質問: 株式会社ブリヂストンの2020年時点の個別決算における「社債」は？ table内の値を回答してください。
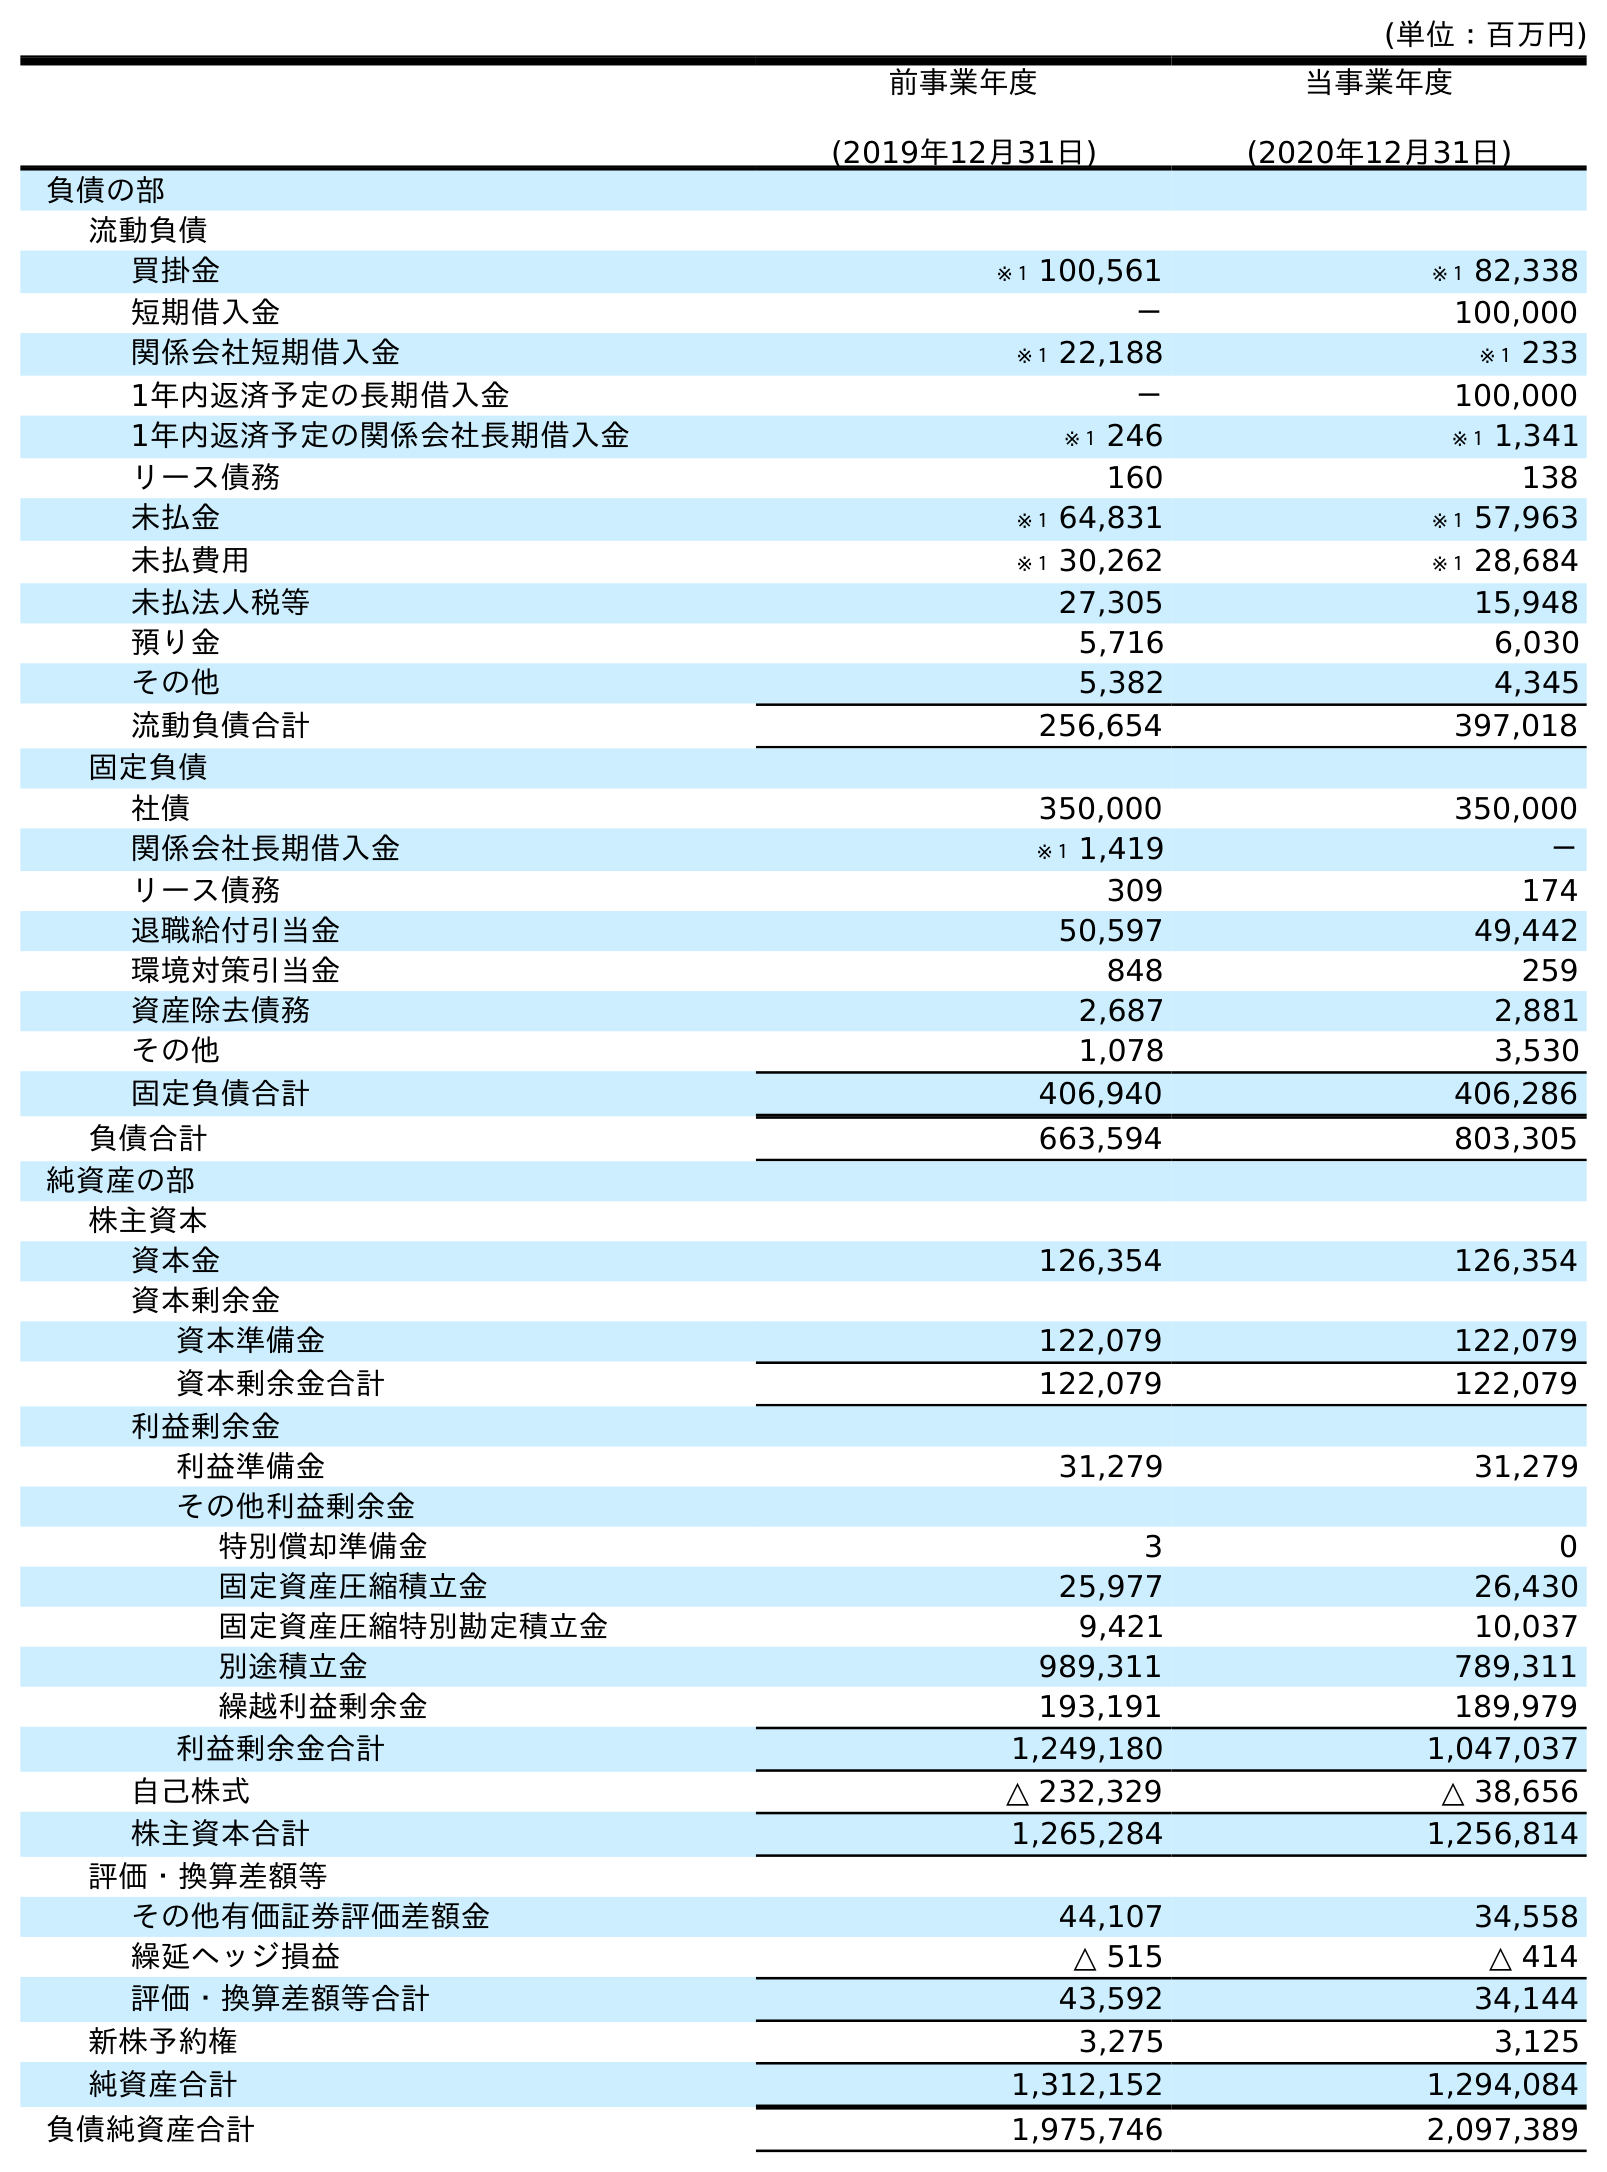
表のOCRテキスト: (単位：百万円) 前事業年度 (2019年12月31日) 当事業年度 (2020年12月31日) 負債の部 流動負債 買掛金 ※１ 100,561 ※１ 82,338 短期借入金 － 100,000 関係会社短期借入金 ※１ 22,188 ※１ 233 1年内返済予定の長期借入金 － 100,000 1年内返済予定の関係会社長期借入金 ※１ 246 ※１ 1,341 リース債務 160 138 未払金 ※１ 64,831 ※１ 57,963 未払費用 ※１ 30,262 ※１ 28,684 未払法人税等 27,305 15,948 預り金 5,716 6,030 その他 5,382 4,345 流動負債合計 256,654 397,018 固定負債 社債 350,000 350,000 関係会社長期借入金 ※１ 1,419 － リース債務 309 174 退職給付引当金 50,597 49,442 環境対策引当金 848 259 資産除去債務 2,687 2,881 その他 1,078 3,530 固定負債合計 406,940 406,286 負債合計 663,594 803,305 純資産の部 株主資本 資本金 126,354 126,354 資本剰余金 資本準備金 122,079 122,079 資本剰余金合計 122,079 122,079 利益剰余金 利益準備金 31,279 31,279 その他利益剰余金 特別償却準備金 3 0 固定資産圧縮積立金 25,977 26,430 固定資産圧縮特別勘定積立金 9,421 10,037 別途積立金 989,311 789,311 繰越利益剰余金 193,191 189,979 利益剰余金合計 1,249,180 1,047,037 自己株式 △ 232,329 △ 38,656 株主資本合計 1,265,284 1,256,814 評価・換算差額等 その他有価証券評価差額金 44,107 34,558 繰延ヘッジ損益 △ 515 △ 414 評価・換算差額等合計 43,592 34,144 新株予約権 3,275 3,125 純資産合計 1,312,152 1,294,084 負債純資産合計 1,975,746 2,097,389
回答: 350,000